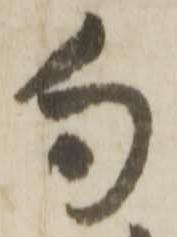
句